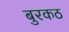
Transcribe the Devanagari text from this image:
बुरकठ